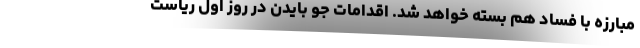
مبارزه با فساد هم بسته خواهد شد. اقدامات جو بایدن در روز اول ریاست